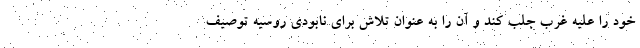
خود را علیه غرب جلب کند و آن را به عنوان تلاش برای نابودی روسیه توصیف